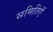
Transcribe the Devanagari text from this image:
समितिऍ